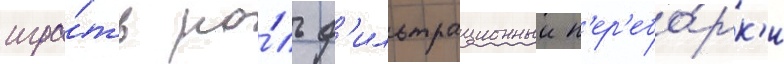
игра́ть ро́ль ф'ильтрационныи п'ер'ебо́рк'и